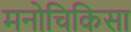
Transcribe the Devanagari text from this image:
मनोचिकिसा